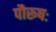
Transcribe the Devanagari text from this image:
पौरूषः